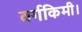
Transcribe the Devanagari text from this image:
वर्गकिमी।